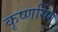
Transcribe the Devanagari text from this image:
कृष्णसिंग